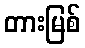
တားမြစ်